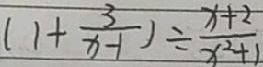
( 1 + \frac { 3 } { x - 1 } ) \div \frac { x + 2 } { x ^ { 2 } + 1 }